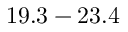
1 9 . 3 - 2 3 . 4 \, \